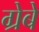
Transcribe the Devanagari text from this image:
ग्रेबे